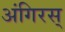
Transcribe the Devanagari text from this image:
अंगिरस्‌